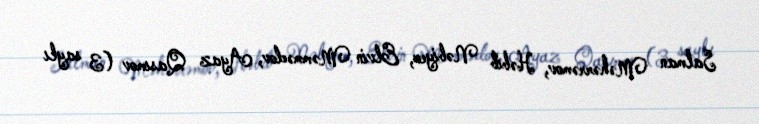
Salman Məhərrəmov, Həbib Nəbiyev, Elvin Məmmədov, Ayaz Qasımov (3 saylı